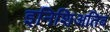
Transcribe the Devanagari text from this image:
इनिशिअतिव